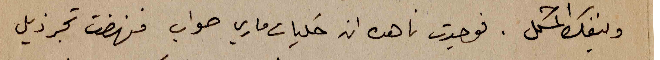
وينفك المشكل. فوجدت ناهده انه حكيات ماري صواب فنهضت تجر ذيل